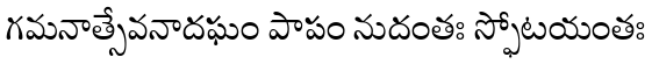
గమనాత్సేవనాదఘం పాపం నుదంతః స్ఫోటయంతః